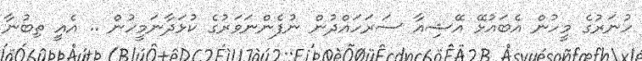
ހުނަރުގެ މީހުން އެބައުޅޭ އޭޝިއާ ސަރަހައްދުން ނުފެންނަވަރުގެ ކުޅަދާނަމީހުން .. އެއީ ތިބުނާ